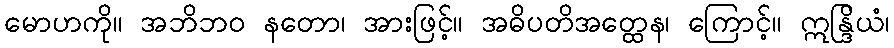
မောဟကို။ အဘိဘဝ နတော၊ အားဖြင့်။ အဓိပတိအတ္ထေန၊ ကြောင့်။ ဣန္ဒြိယံ၊